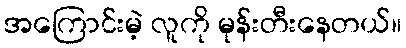
အကြောင်းမဲ့ လူကို မုန်းတီးနေတယ်။